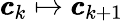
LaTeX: \pmb{c}_{k}\mapsto\pmb{c}_{k+1}